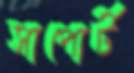
সাপোর্ট